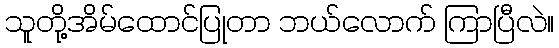
သူတို့အိမ်ထောင်ပြုတာ ဘယ်လောက် ကြာပြီလဲ။